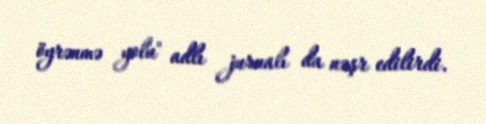
öyrənmə yolu" adlı jurnalı da nəşr edilirdi.